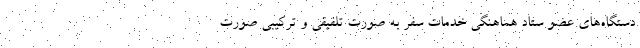
دستگاه‌های عضو ستاد هماهنگی خدمات سفر به صورت تلفیقی و ترکیبی صورت